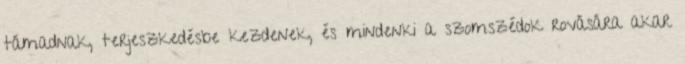
támadnak, terjeszkedésbe kezdenek, és mindenki a szomszédok rovására akar